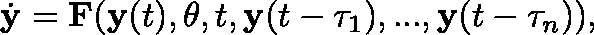
\dot { \mathbf { y } } = \mathbf { F } ( \mathbf { y } ( t ) , \mathbf { \theta } , t , \mathbf { y } ( t - \tau _ { 1 } ) , . . . , \mathbf { y } ( t - \tau _ { n } ) ) ,